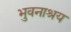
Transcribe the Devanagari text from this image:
भुवनाश्रय